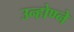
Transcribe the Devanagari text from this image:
उन्होण्ने